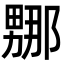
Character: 𭻤